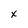
Character: X